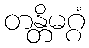
တန္တိမဂ္ဂံ